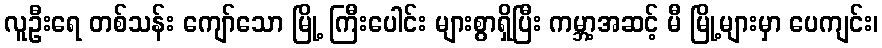
လူဦးရေ တစ်သန်း ကျော်သော မြို့ ကြီးပေါင်း များစွာရှိပြီး ကမ္ဘာ့အဆင့် မီ မြို့များမှာ ပေကျင်း၊